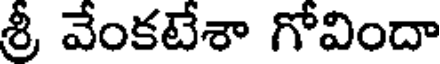
శ్రీ వేంకటేశా గోవిందా